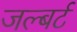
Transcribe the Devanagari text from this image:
जल्बर्ट